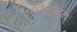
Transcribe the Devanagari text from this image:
मिकोनहे